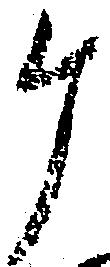
ケ